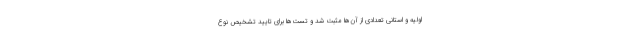
اولیه و استانی تعدادی از آن‌ها مثبت شد و تست‌ها برای تایید تشخیص نوع